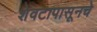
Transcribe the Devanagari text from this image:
शेवटापासूनचे